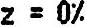
Z= 0%